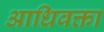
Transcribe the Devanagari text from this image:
आधिवक्ता